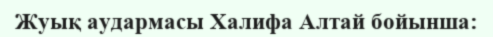
Жуық аудармасы Халифа Алтай бойынша: